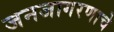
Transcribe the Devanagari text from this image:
जनजागरणाचे